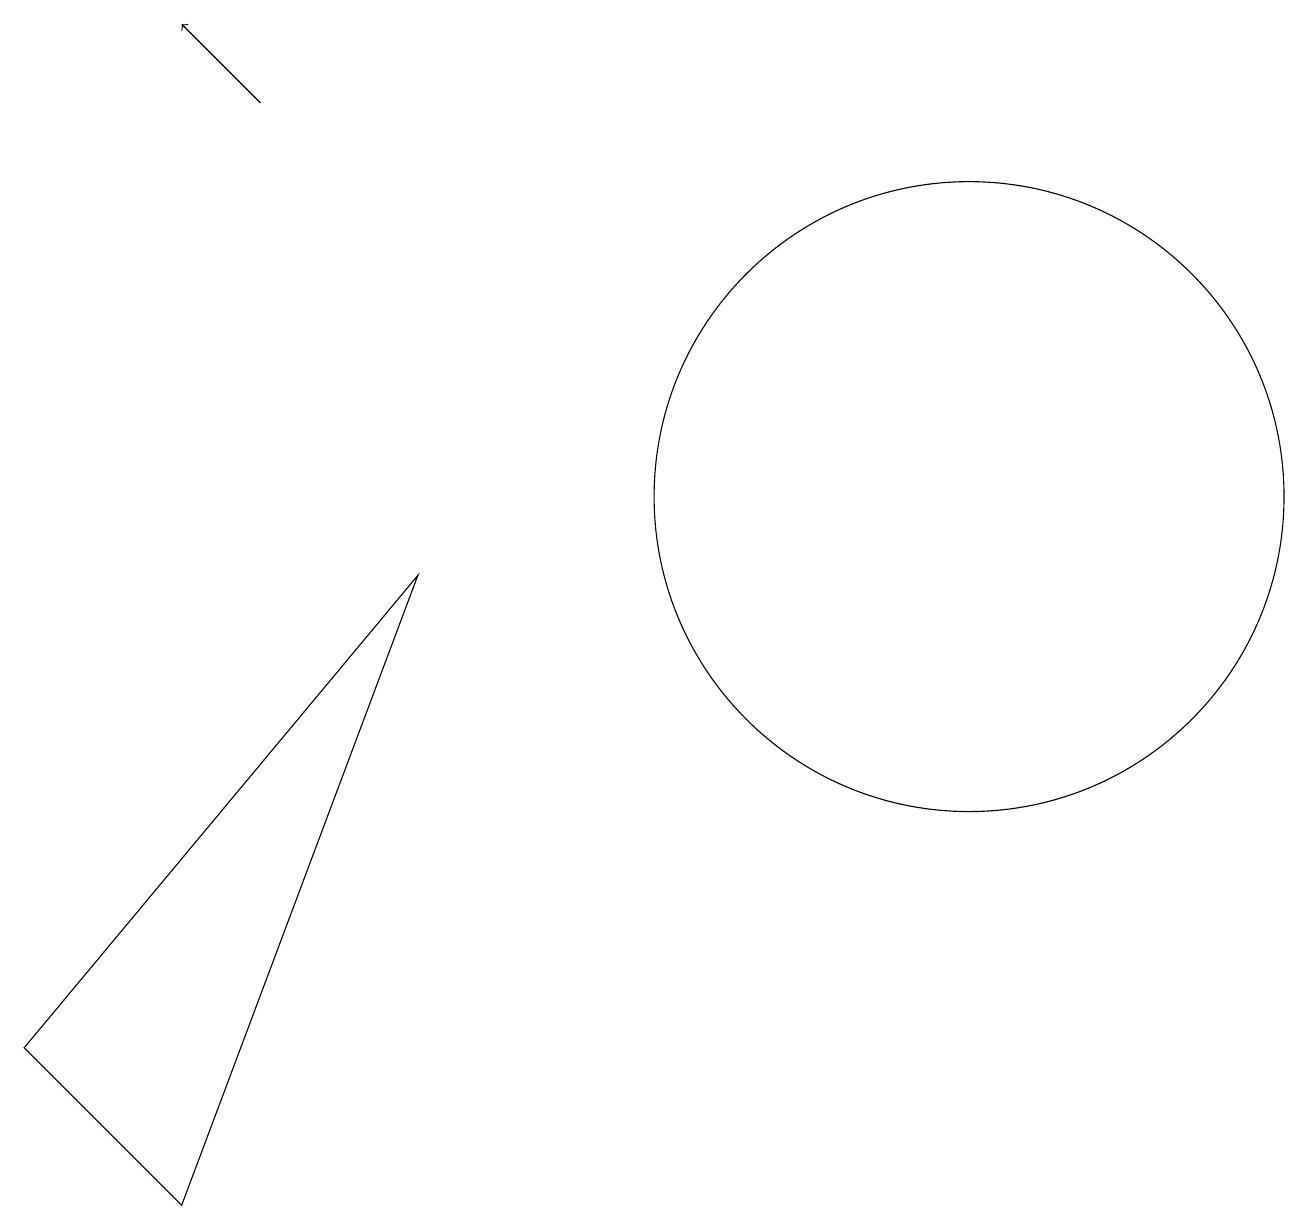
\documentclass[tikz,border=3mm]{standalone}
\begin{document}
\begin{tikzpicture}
\draw[->] (3,15) -- (2,16);
\draw (12,10) circle (4);
\draw (0,3) -- (2,1) -- (5,9) -- cycle;
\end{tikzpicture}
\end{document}